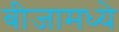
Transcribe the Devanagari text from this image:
बीजामध्ये